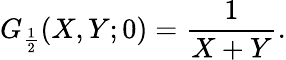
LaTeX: G_{\frac{1}{2}}(X,Y;0)=\frac{1}{X+Y}.